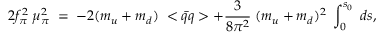
2 f _ { \pi } ^ { 2 } \; \mu _ { \pi } ^ { 2 } \; = \; - 2 ( m _ { u } + m _ { d } ) \; < \bar { q } q > + \frac { 3 } { 8 \pi ^ { 2 } } \; ( m _ { u } + m _ { d } ) ^ { 2 } \; \int _ { 0 } ^ { s _ { 0 } } \; d s ,